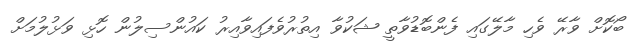
ބޯކޮށް ވާރޭ ވެހި މާލޭގައި ފެންބޮޑުވާތީ ޝަކުވާ އިތުރުވެފައިވާއިރު ކައުންސިލުން ހޮޅި ވަޅުލުމަށް